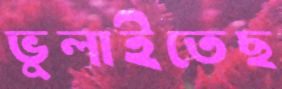
ভুলাইতেছ